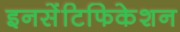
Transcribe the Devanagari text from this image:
इनसेंटिफिकेशन